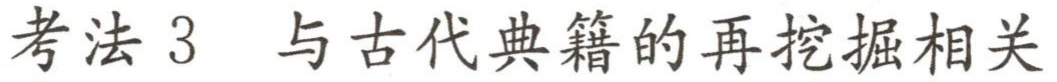
考法 3 与古代典籍的再挖掘相关